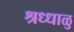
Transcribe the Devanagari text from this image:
श्रध्धाळु